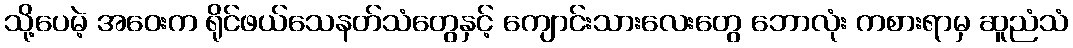
သို့ပေမဲ့ အဝေးက ရိုင်ဖယ်သေနတ်သံတွေနှင့် ကျောင်းသားလေးတွေ ဘောလုံး ကစားရာမှ ဆူညံသံ